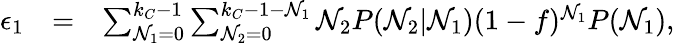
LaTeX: \begin{array}{rlr}{\epsilon_{1}}&{=}&{\sum_{\mathcal{N}_{1}=0}^{k_{C}-1}\sum_{\mathcal{N}_{2}=0}^{k_{C}-1-\mathcal{N}_{1}}\mathcal{N}_{2}P(\mathcal{N}_{2}|\mathcal{N}_{1})(1-f)^{\mathcal{N}_{1}}P(\mathcal{N}_{1}),}\end{array}